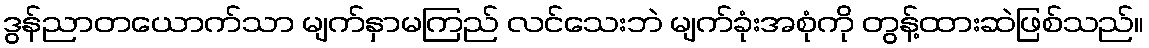
ဒွန်ညာတယောက်သာ မျက်နှာမကြည် လင်သေးဘဲ မျက်ခုံးအစုံကို တွန့်ထားဆဲဖြစ်သည်။